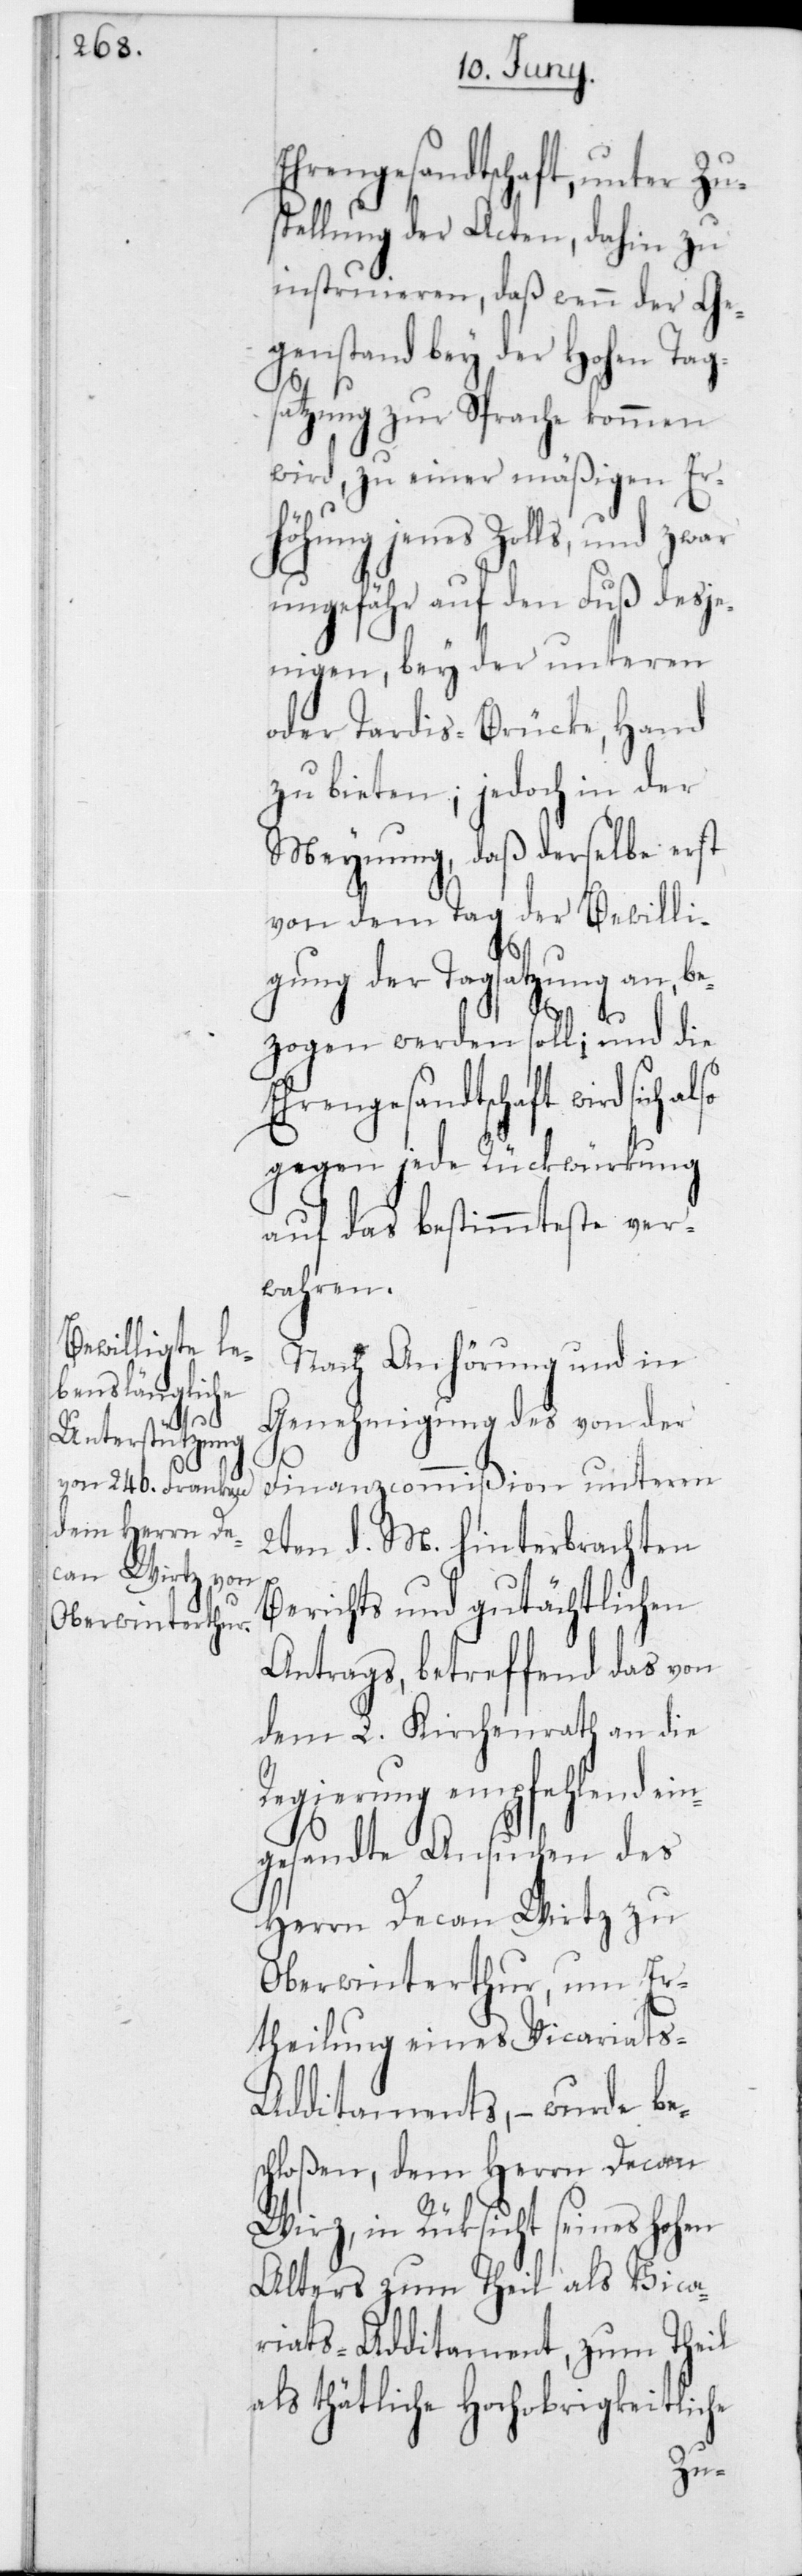
Ehrengesandtschaft, unter Zu¬
stellung der Acten, dahin zu
instruieren, daß wenn der Ge¬
genstand bey der Hohen Tag¬
satzung zur Sprache kommen
wird, zu einer mäßigen Er¬
höhung jenes Zolls, und zwar
ungefähr auf den Fuß desj¬
enigen, bey der unteren
oder Tardis-Brücke, Hand
zu bieten, jedoch in der
Meynung, daß derselbe erst
von dem Tag der Bewilli¬
gung der Tagsatzung an, be¬
zogen werden soll; und die
wird sich also
gegen jede Rückwirkung
auf das bestimmteste ver¬
wahren.
Nach Anhörung und in
Genehmigung des von der
Finanzcommißion unterm
2ten d. M. hinterbrachten
Berichts und gutächtlichen
Antrags, betreffend das von
dem L. Kirchenrath an die
Regierung empfehlend
gesandte Ansuchen des
Herrn Decan Wirz zu
Oberwinterthur, um Er¬
theilung eines Vicariats-A¬
dditaments, – wurde be¬
schloßen, dem Herrn Decan
Wirz, in Rücksicht seines Hohen
Alters zum Theil als Vica¬
riats-Additament, zum Theil
als thätliche hochobrigkeitliche
ein¬